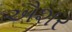
ઐશર